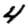
Digit: 4